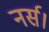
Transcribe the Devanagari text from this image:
नर्स।